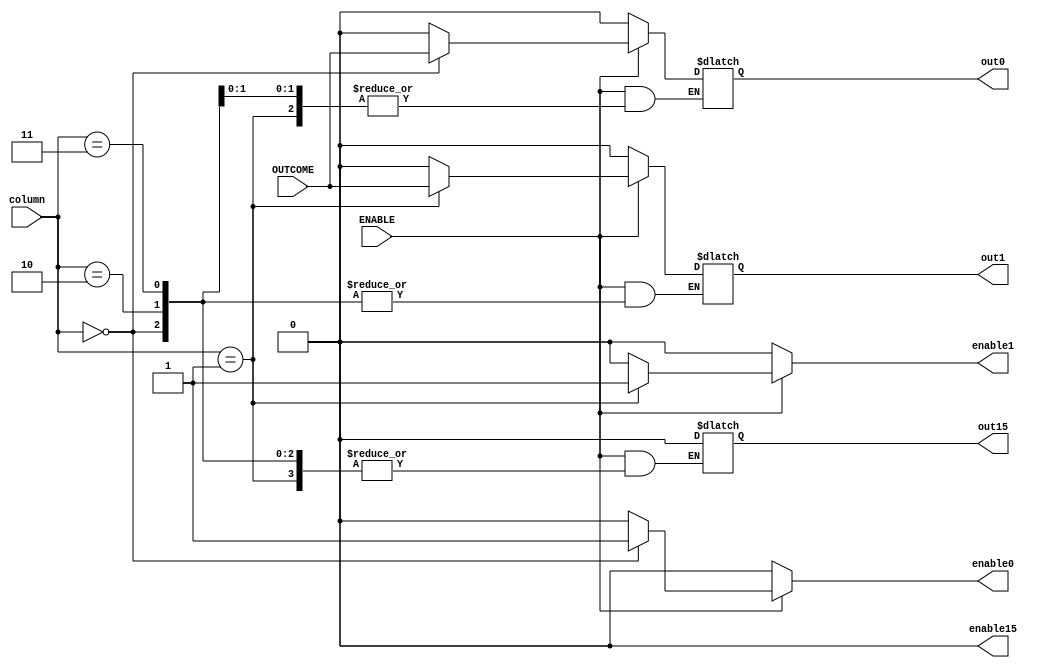
module demuxTwo(
    enable0,
    out0,
    enable1,
    out1,
    // ...
    enable15,
    out15,
    column,
    OUTCOME,
    ENABLE
);
    
output enable0;
output out0;
output enable1;
output out1;
// ...
output enable15;
output out15;
input [3:0] column;
input OUTCOME;
input ENABLE;

reg out0, out1, out2, out3, out15;
reg enable0, enable1, enable2, enable3, enable15;

always @(ENABLE or column)
begin
    if (ENABLE)
    begin
        // Check the value of column and enable the corresponding output
        // Disable all other outputs by assigning '0' to their enable signals
        case (column)
            4'b0000:
                begin
                    out0 <= OUTCOME;
                    enable0 <= 1'b1;
                    enable1 <= 1'b0;
                    // ...
                    enable15 <= 1'b0;
                end
            4'b0001:
                begin
                    out1 <= OUTCOME;
                    enable1 <= 1'b1;
                    enable0 <= 1'b0;
                    // ...
                    enable15 <= 1'b0;
                end
            4'b0010:
                begin
                    out2 <= OUTCOME;
                    enable2 <= 1'b1;
                    enable0 <= 1'b0;
                    enable1 <= 1'b0;
                    // ...
                    enable15 <= 1'b0;
                end
            4'b0011:
                begin
                    out3 <= OUTCOME;
                    enable3 <= 1'b1;
                    enable0 <= 1'b0;
                    enable1 <= 1'b0;
                    enable2 <= 1'b0;
                    // ...
                    enable15 <= 1'b0;
                end
            // ...
            default:
                begin
                    // Handle the case when column doesn't match any expected values
                    // Set all outputs to '0' and their enable signals to '0'
                    out0 <= 1'b0;
                    enable0 <= 1'b0;
                    out1 <= 1'b0;
                    enable1 <= 1'b0;
                    // ...
                    out15 <= 1'b0;
                    enable15 <= 1'b0;
                end
        endcase
    end
    else
    begin
        // When ENABLE is '0', set all outputs to '0' and their enable signals to '0'
        out0 <= 1'b0;
        enable0 <= 1'b0;
        out1 <= 1'b0;
        enable1 <= 1'b0;
        // ...
        out15 <= 1'b0;
        enable15 <= 1'b0;
    end
end

endmodule